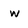
Character: w